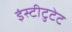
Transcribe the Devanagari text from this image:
इंस्टीटुटेट